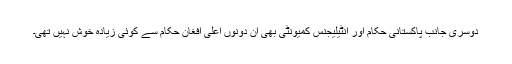
دوسری جانب پاکستانی حکام اور انٹیلیجنس کمیونٹی بھی ان دونوں اعلی افغان حکام سے کوئی زیادہ خوش نہیں تھی۔